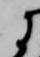
に